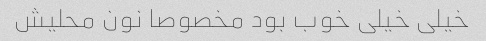
خیلی خیلی خوب بود مخصوصا نون محلیش